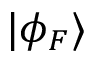
| \phi _ { F } \rangle